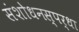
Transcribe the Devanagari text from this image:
संशोधनस्पर्धा